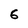
Character: 6